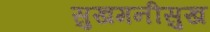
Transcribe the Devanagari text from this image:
सुखमनीसुख